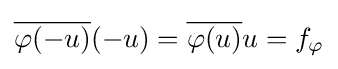
{\overline {\varphi (-u)}}(-u)={\overline {\varphi (u)}}u=f_{\varphi }